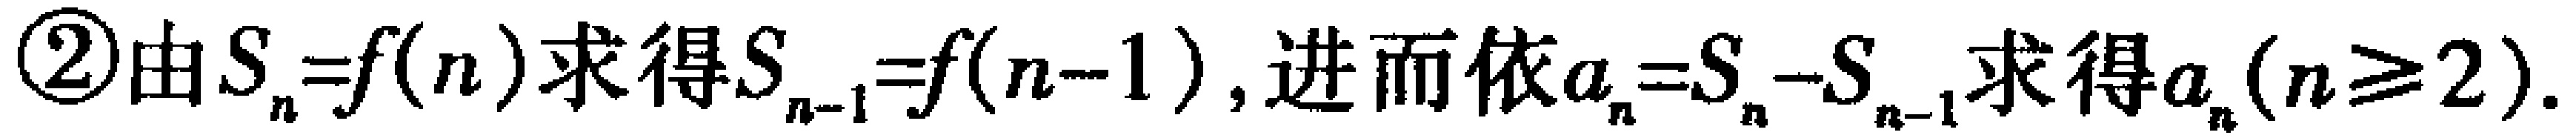
\textcircled{2}由$S_{n}=f(n)$求得$S_{n - 1}=f(n - 1)$, 进而依$a_{n}=S_{n}-S_{n - 1}$求得$a_{n}(n\geq2)$.